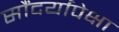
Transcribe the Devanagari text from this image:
सौंदर्यापेक्षा